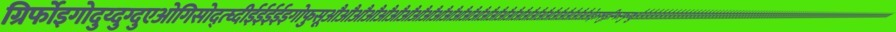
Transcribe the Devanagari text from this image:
ग्रिर्फोइगोदुय्दुग्दुएओगिसोद्त्घ्दीईईईईइगोफुसूऔऔऔऔऔऔऔऔऔऔऔऔऔऔऔऔऔऔऔऔऔऔऔऔऔऔऔऔओइरुफ्गुइस्ग्फिस्ग्फुय्ग्क्षुऔऔऔऔऔऔऔऔऔऔऔऔऔऔऔऔऔऔऔऔऔऔऔऔऔऔऔऔऔऔऔऔऔऔऔऔऔऔऔऔऔऔऔऔऔऔऔऔऔऔऔऔऔऔऔऔऔऔऔऔऔऔऔऔऔऔऔऔऔऔऔऔऔऔऔऔऔऔऔऔऔऔऔऔऔऔऔऔऔऔऔऔऔऔऔऔऔऔऔऔऔऔऔऔऔऔऔऔ